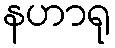
နဟာရု